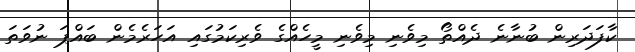
ކާފަދަރިން ބުނާނެ ދެއްތޯ މިވެނި މިވެނި މީހެއްގެ ވެރިކަމުގައި އަހަރެމެން ބައްޕަ ނުވަތަ